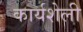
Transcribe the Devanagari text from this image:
कार्यशेली